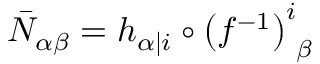
{ \bar { \cal N } } _ { \alpha \beta } = h _ { \alpha \vert i } \circ \left( f ^ { - 1 } \right) _ { \phantom { i } \beta } ^ { i }